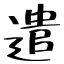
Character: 遣